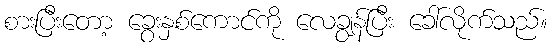
စားပြီးတော့ ခွေးနှစ်ကောင်ကို လေချွန်ပြီး ခေါ်လိုက်သည်။